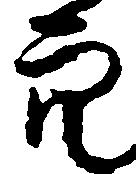
穴